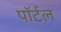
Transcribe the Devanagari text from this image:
पॉर्टल